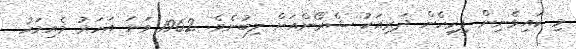
މި ކައިވެނިން ފިރިހެން ދަރިއަކު ޝެރޯންއަށް ލިބުނެވެ. 1962 ވަނަ އަހަރު މެއިމަހު